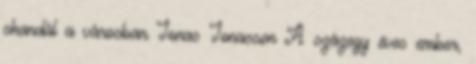
skandál a városban Jonas Jonasson A százegy éves ember,